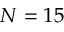
N = 1 5